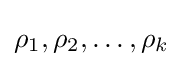
\rho _{1},\rho _{2},\ldots ,\rho _{k}